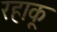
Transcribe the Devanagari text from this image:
रहाकू